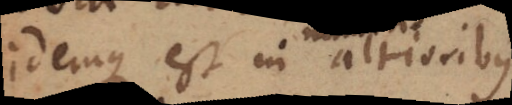
idemque est in altioribus